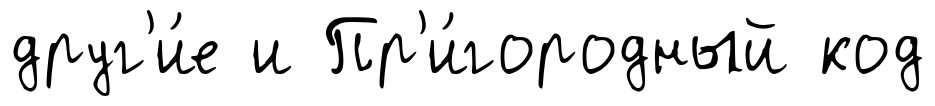
друг'и́е и Пр'и́городный код